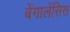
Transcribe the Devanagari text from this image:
बेंगालेंसिस